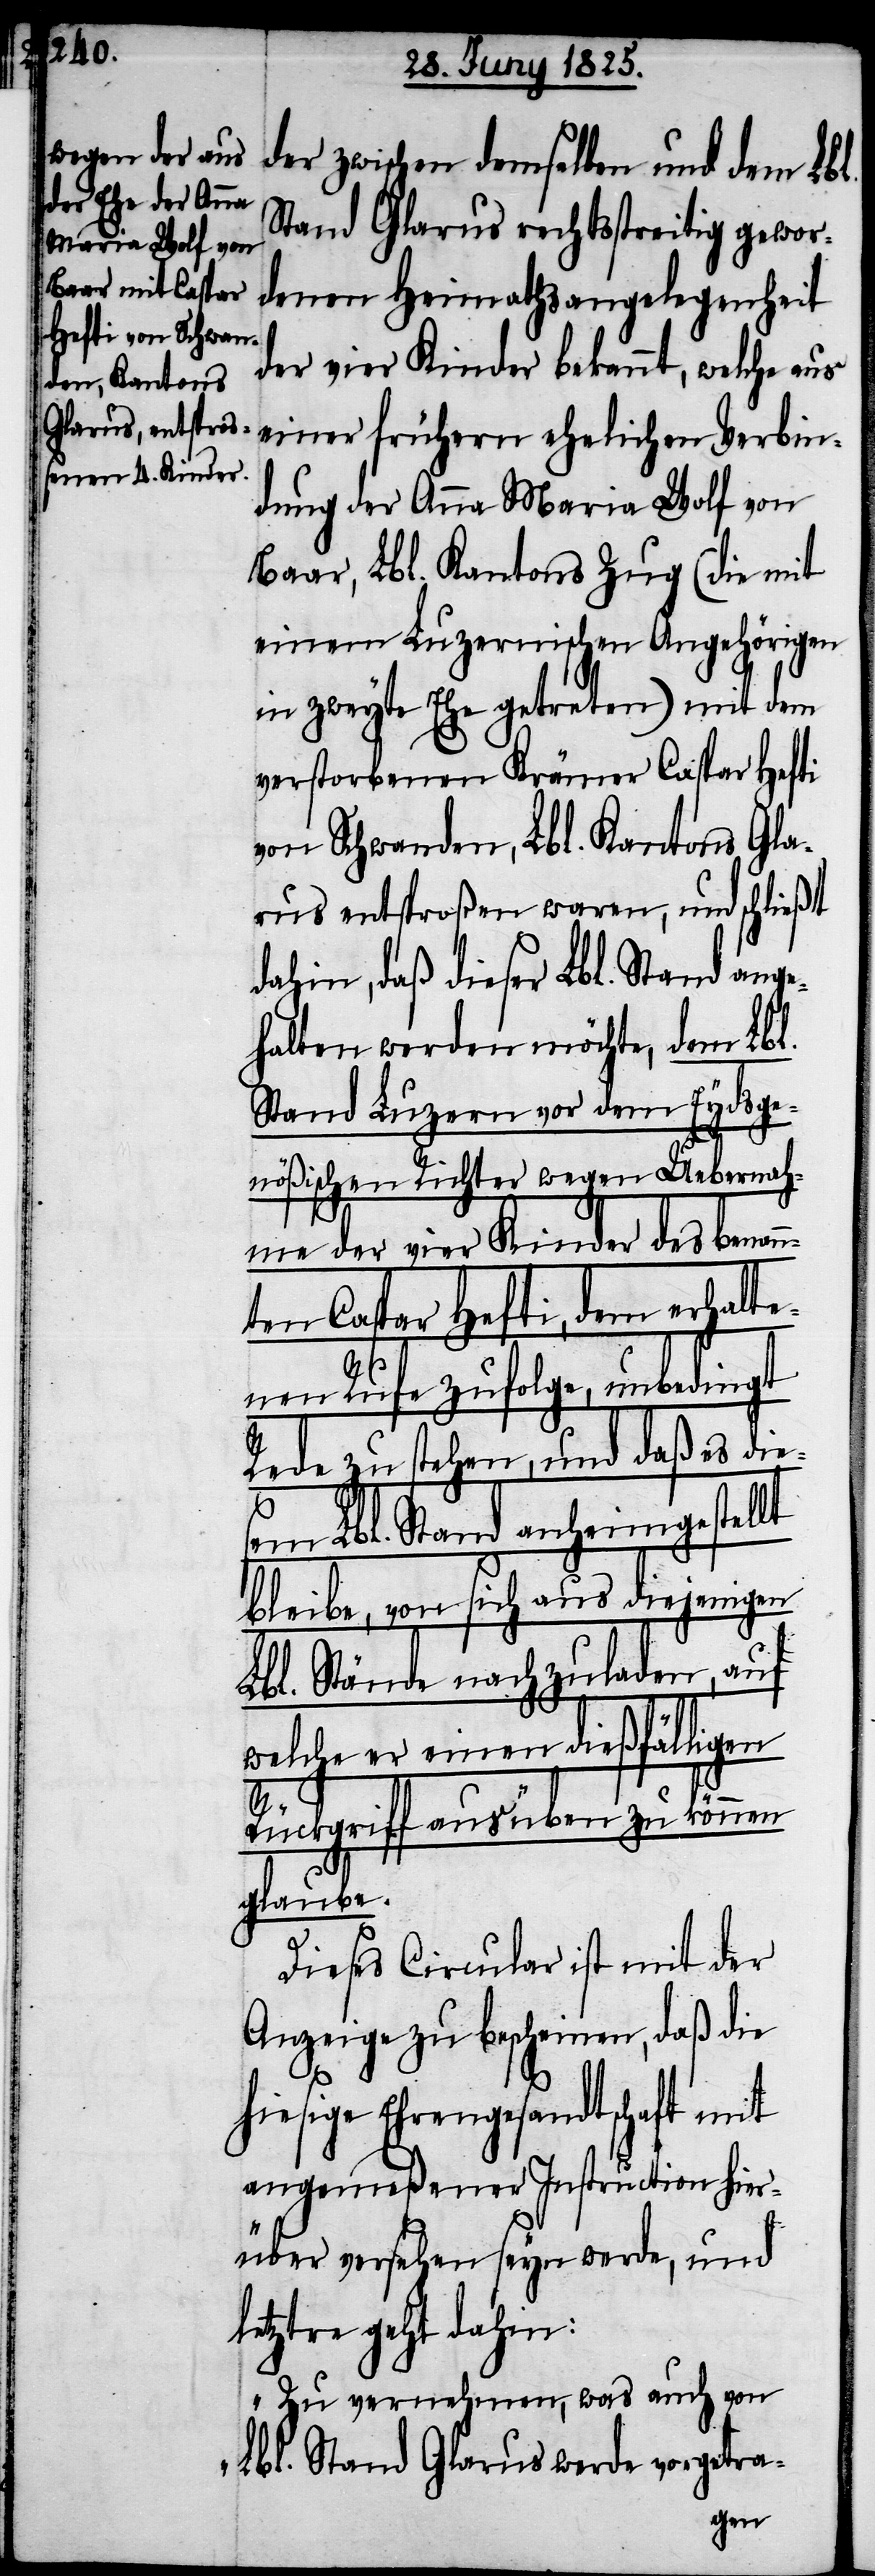
der zwischen demselben und dem Lbl.
Stand Glarus rechtsstreitig gewor¬
denen Heimathsangelegenheit
der vier Kinder bekannt, welche aus
einer frühern ehelichen Verbin¬
dung der Anna Maria Wolf von
Baar, Lbl. Kantons Zug (die mit
einem Luzernischen Angehörigen
in zweyte Ehe getreten) mit dem
verstorbenen Krämer Caspar Hefti
von Schwanden, Lbl. Kantons Gla¬
rus entsproßen waren, und schließt
dahin, daß dieser Lbl. Stand ange¬
halten werden möchte, dem Lbl.
Stand Luzern vor dem Eydsge¬
nößischen Richter wegen Uebernah¬
me der vier Kinder des benan¬
nten Caspar Hefti, dem erhalte¬
nen Rufe zufolge, unbedingt
Rede zu stehen, und daß es die¬
sem Lbl. Stand anheimgestellt
bleibe, von sich aus diejenigen
Lbl. Stände nachzuladen, auf
welche er einen dießfälligen
Rückgriff ausüben zu können
glaube.
Dieses Circular ist mit der
Anzeige zu bescheinen, daß die
hiesige Ehrengesandtschaft mit
angemeßener Instruction hier¬
über versehen seyn werde, und
letztre geht dahin:
„Zu vernehmen, was auch von
Lbl. Stand Glarus werde vorgetra-